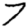
Digit: 7